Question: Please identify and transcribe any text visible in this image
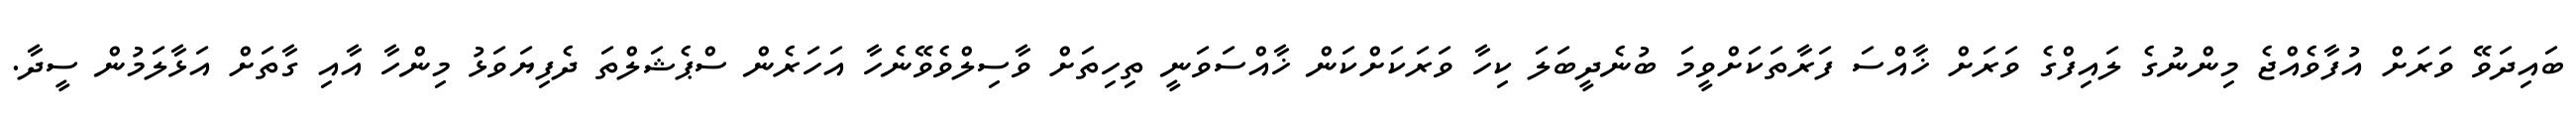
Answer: ބައިދަވޭ ވަރަށް އުފާވެއްޖެ މިންނުގެ ލައިފްގެ ވަރަށް ޚާއްސަ ފަރާތަކަށްވީމަ ބުނެދީބަލަ ކިހާ ވަރަކަށްކަން ޚާއްސަވަނީ ތިހިތަށް ވާސިލްވެވޭނެހާ އަހަރެން ސްޕެޝަލްތަ ދެފިޔަވަޅު މިންހާ އާއި ގާތަށް އަޅާލަމުން ސީދާ.